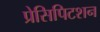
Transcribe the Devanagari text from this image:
प्रेसिपिटशन